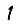
Digit: 1